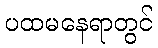
ပထမနေရာတွင်